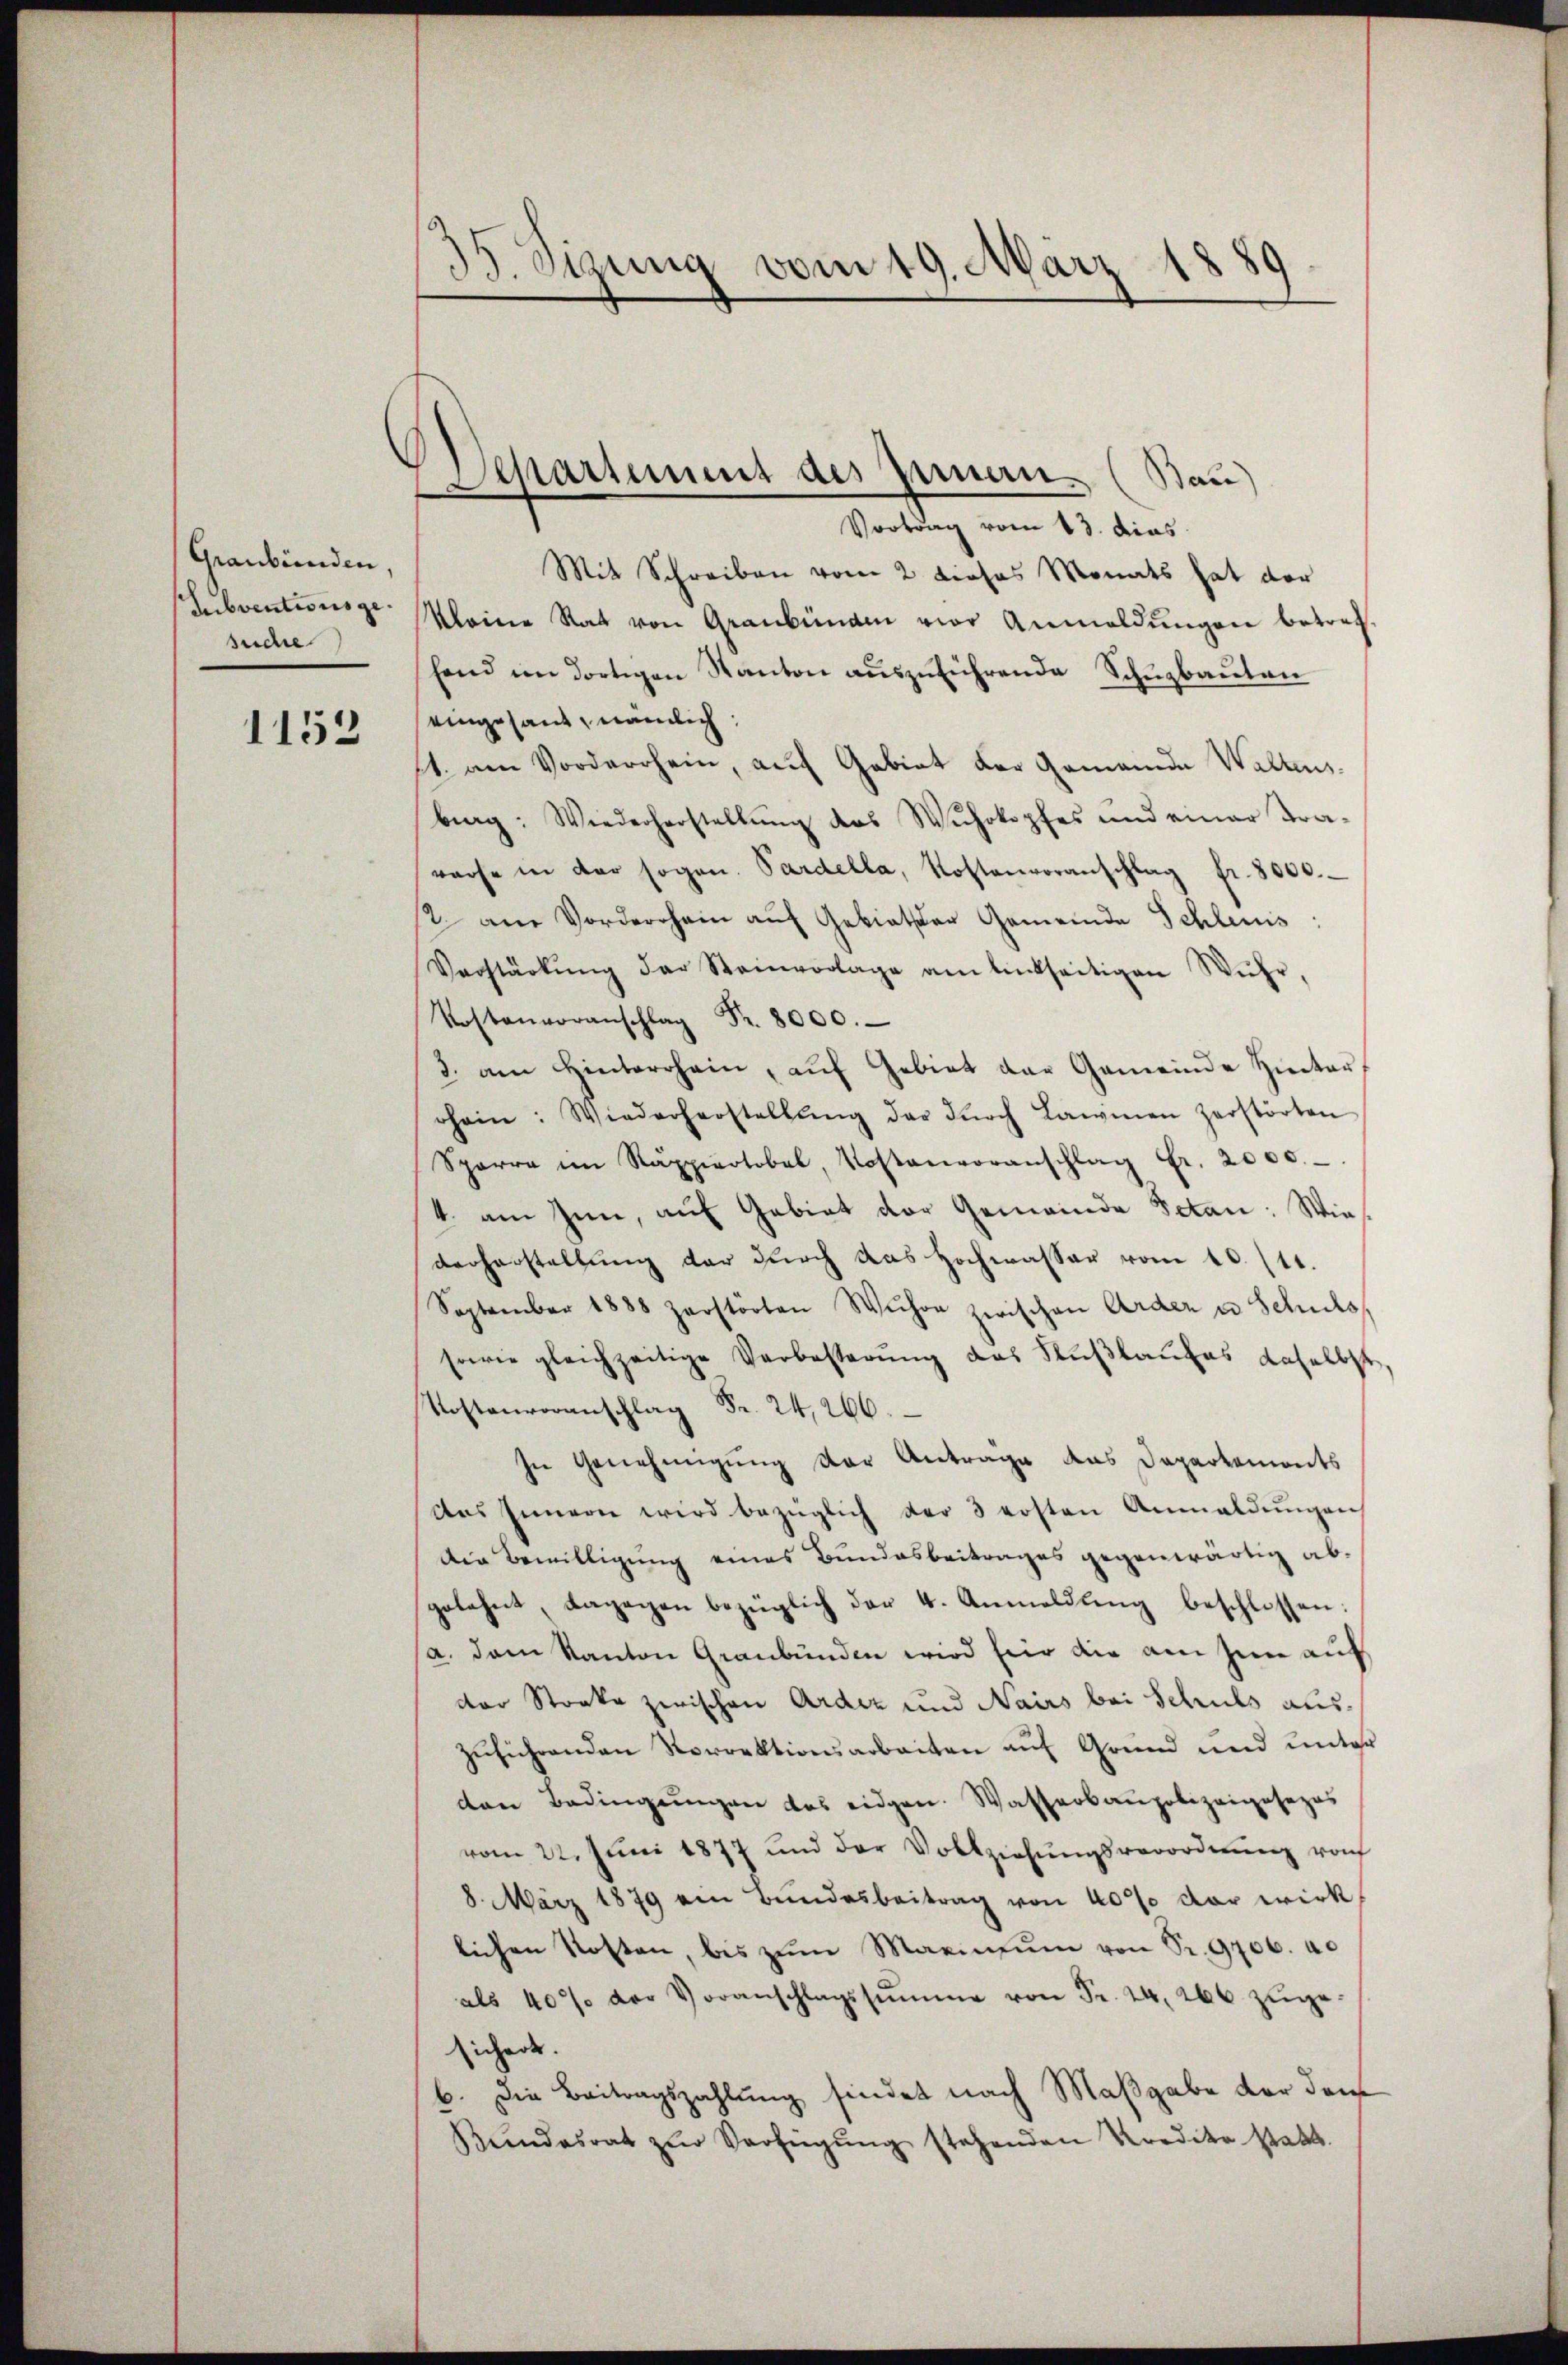
Graubünden,
Subventionsgesuche

1153

33. Sizung vom 19. März 1889

Separtement des Innen. (Bau)

Vortrag vom 13. dies
Mit Schreiben vom 2 dieses Monats hat der
kleine Rat von Graubünden vor Anmeldŭngen betref
fand im dortigen Kanton auszuführende Schuzbauten
eingesant, nämlich:
st. am Vorderrhein, auf Gebiet der Gemeinde Waltens
bag: Wiederherstellŭng des Wuhrkopfes und einer Tra-
vorse in der sogen. Pardella, Kostenvoranschlag fr. 8000.
2 am Vorderrhein aŭf Gebieter Gemeinde Schleuis:
Vorstärkŭng der Steinvorlage am linkseitigen Wŭhr,
Vostonoranschlag Fr. 8000.
3. am Hinterrhein, aŭf Gebiet der Gemeinde Hinter
ohein: Wiederherstellŭng der dŭrch Lawinen zerstörten
Sparre im Rappirotobel, Kostenvoranschlag Fr. 2000.
4. am Inn, auf Gebiet der Gemeinde Peten: Wie
derherstellung der durch das Hochwasser vom 10. 111.
September 1888 zerstörten Wŭhon zwischen Arder u Schuls
sowie gleichzeitige Verbesserung das Fußlaufes daselbst,
Kostenvoranschlag Fr. 24, 266.
In Genehmigung der Antrage das Departements
das Innern wird bezüglich der 3 ersten Anmeldŭngen
Die Bewilligung eines Bundesbeitrages gegenwärtig abgelehnt, dagegen bezüglich der 4. Anmeldŭng beschlossen:
(a. dem Kanton Graubünden wird für die am zum auf
der Stocke zwischen Ardez und Nairs bei Schuls auszuführenden Norrektionsarbeiten auf Grund und unter
den Bedingŭngen das eidgen. Wasserbaupolizeiposepos
vom 22. Jŭni 1877 und der Vollziehŭngsverordnŭng von
8. März 1879 ein Bundesbeitrag von 40% der wirk
lichen Kosten, bis zŭm Marin ŭm von Sr. 9706. 40
als 40% der Voranschlagssumme von Fr. 24, 266 zŭge-
sichert.
b. Die Beitragszahlung findet nach Maßgabe der dem
Bŭndesrat zŭr Verfügŭng stehenden Kredito statt.